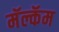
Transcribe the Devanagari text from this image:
मॅल्कॅम